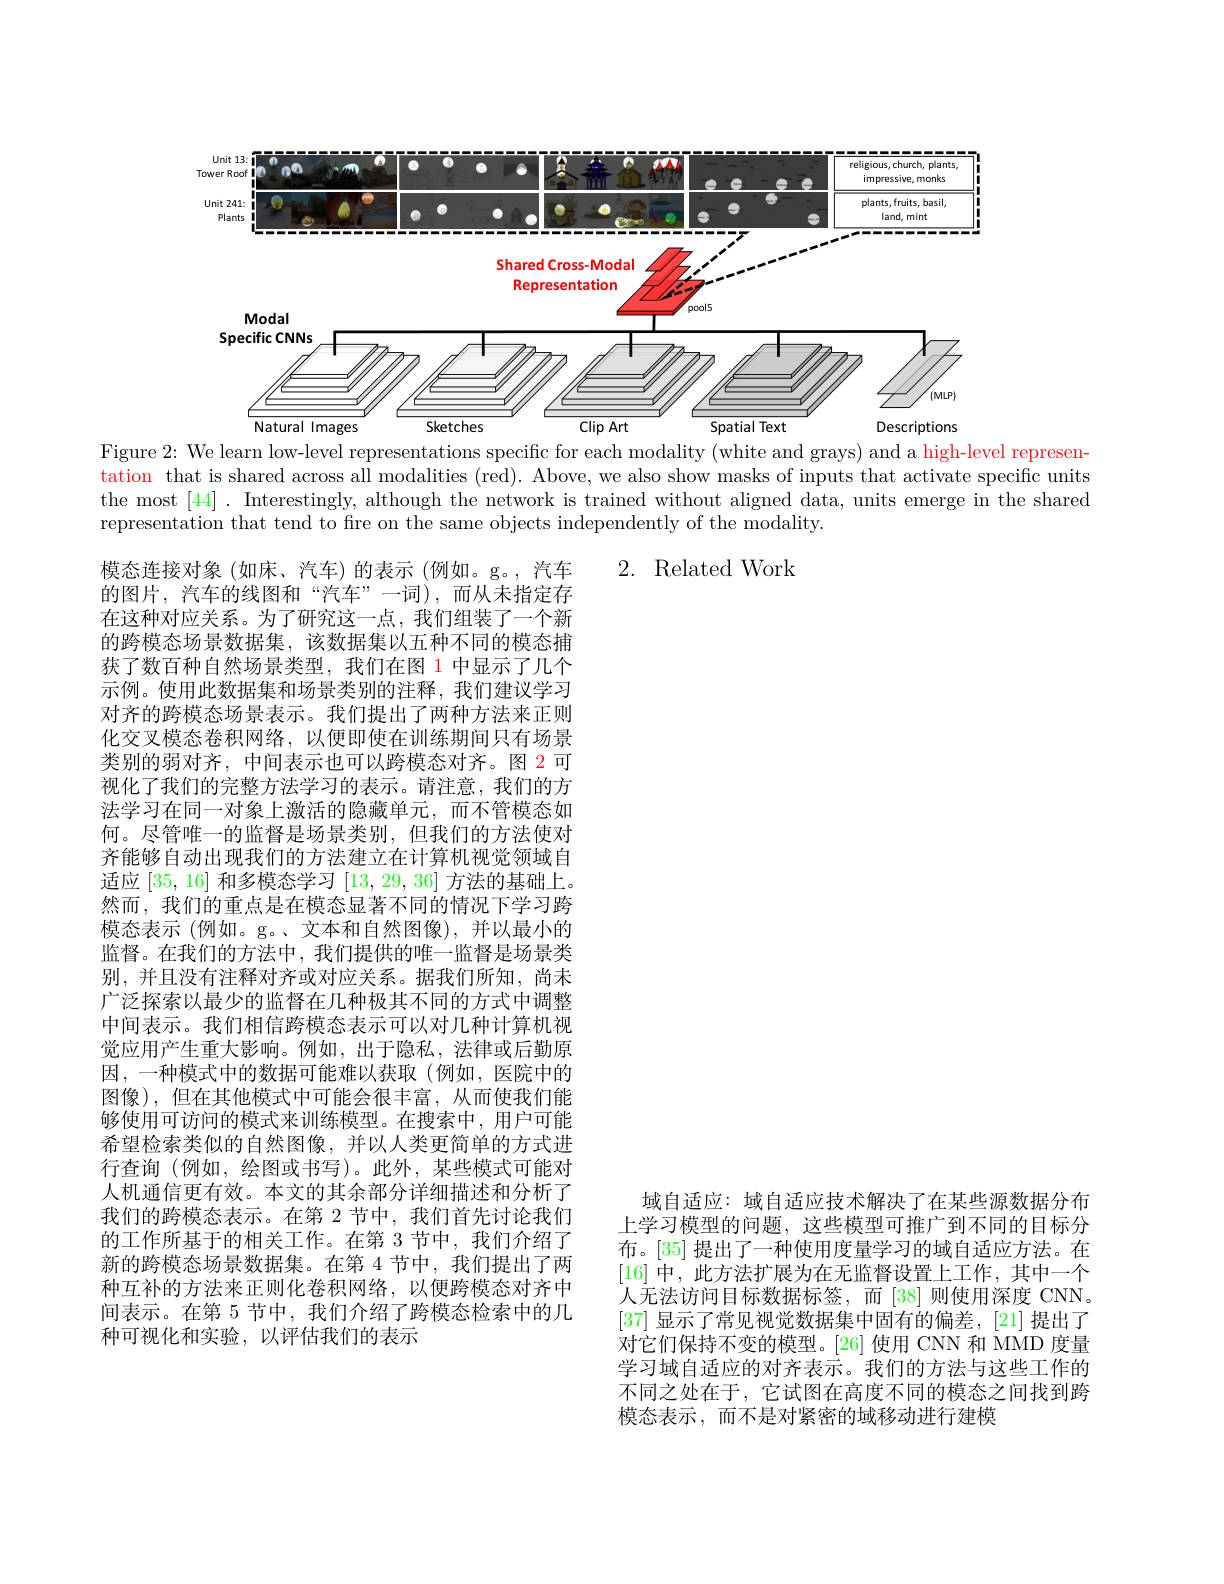
<FigureHere>
Figure 2: We learn low-level representations specific for each modality (white and grays) and a high-level represen-

tation that is shared across all modalities (red). Above, we also show masks of inputs that activate specific units the most [44]. Interestingly, although the network is trained without aligned data, units emerge in the shared representation that tend to fre on the same objects independently of the modality.

2. Related Work

模态连接对象(如床、汽车)的表示(例如。g。,汽车的图片，汽车的线图和“汽车”一词),而从未指定存在这种对应关系。为了研究这一点，我们组装了一个新的跨模态场景数据集，该数据集以五种不同的模态捕获了数百种自然场景类型，我们在图 1 中显示了几个示例。使用此数据集和场景类别的注释，我们建议学习对齐的跨模态场景表示。我们提出了两种方法来正则化交叉模态卷积网络，以便即使在训练期间只有场景类别的弱对齐，中间表示也可以跨模态对齐。图 2 可视化了我们的完整方法学习的表示。请注意，我们的方法学习在同一对象上激活的隐藏单元，而不管模态如何。尽管唯一的监督是场景类别，但我们的方法使对齐能够自动出现我们的方法建立在计算机视觉领域自适应[35,16]和多模态学习[13,29,36]方法的基础上。然而，我们的重点是在模态显著不同的情况下学习跨模态表示 (例如。g。、文本和自然图像),并以最小的监督。在我们的方法中，我们提供的唯一监督是场景类别，并且没有注释对齐或对应关系。据我们所知，尚未广泛探索以最少的监督在几种极其不同的方式中调整中间表示。我们相信跨模态表示可以对几种计算机视觉应用产生重大影响。例如，出于隐私，法律或后勤原因，一种模式中的数据可能难以获取(例如，医院中的图像),但在其他模式中可能会很丰富，从而使我们能够使用可访问的模式来训练模型。在搜索中，用户可能希望检索类似的自然图像，并以人类更简单的方式进行查询 (例如，绘图或书写)。此外，某些模式可能对人机通信更有效。本文的其余部分详细描述和分析了我们的跨模态表示。在第 2 节中，我们首先讨论我们的工作所基于的相关工作。在第 3 节中，我们介绍了新的跨模态场景数据集。在第 4 节中，我们提出了两种互补的方法来正则化卷积网络，以便跨模态对齐中间表示。在第 5 节中，我们介绍了跨模态检索中的几种可视化和实验，以评估我们的表示

域自适应：域自适应技术解决了在某些源数据分布上学习模型的问题，这些模型可推广到不同的目标分布。[35] 提出了一种使用度量学习的域自适应方法。在[16]中，此方法扩展为在无监督设置上工作，其中一个人无法访问目标数据标签，而[38]则使用深度 CNN。[37]显示了常见视觉数据集中固有的偏差，[21] 提出了对它们保持不变的模型。[26] 使用 CNN 和 MMD 度量学习域自适应的对齐表示。我们的方法与这些工作的不同之处在于，它试图在高度不同的模态之间找到跨模态表示，而不是对紧密的域移动进行建模